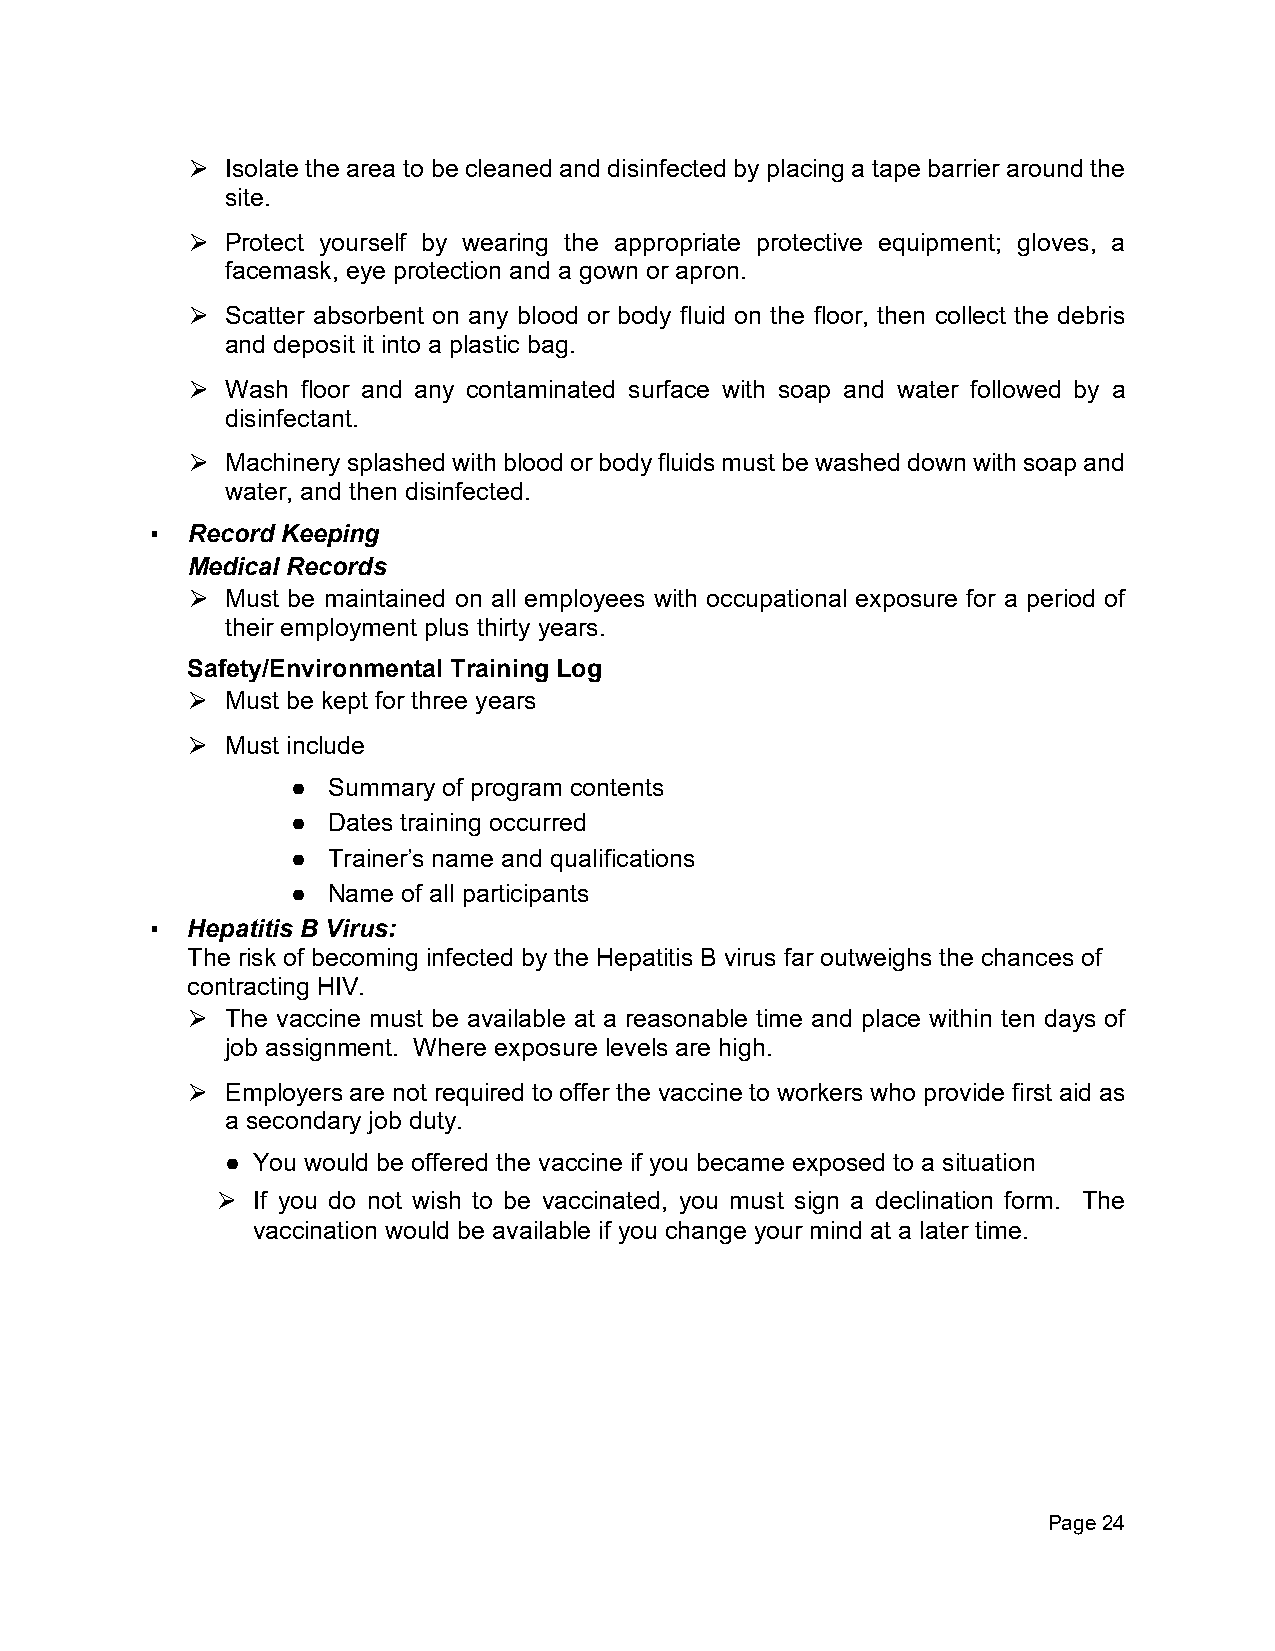
Isolate the area to be cleaned and disinfected by placing a tape barrier around the
 ⮚
 site.
 Protect yourself by wearing the appropriate protective equipment; gloves, a
 ⮚
 facemask, eye protection and a gown or apron.
 Scatter absorbent on any blood or body fluid on the floor, then collect the debris
 ⮚
 and deposit it into a plastic bag.
 Wash floor and any contaminated surface with soap and water followed by a
 ⮚
 disinfectant.
 Machinery splashed with blood or body fluids must be washed down with soap and
 ⮚
 water, and then disinfected.
 ▪ Record Keeping
 Medical Records
 Must be maintained on all employees with occupational exposure for a period of
 ⮚
 their employment plus thirty years.
 Safety/Environmental Training Log
 Must be kept for three years
 ⮚
 Must include
 ⮚
 ●  Summary of program contents
 ●  Dates training occurred
 ●  Trainer’s name and qualifications
 ●  Name of all participants
 ▪ Hepatitis B Virus:
 The risk of becoming infected by the Hepatitis B virus far outweighs the chances of
 contracting HIV.
 The vaccine must be available at a reasonable time and place within ten days of
 ⮚
 job assignment. Where exposure levels are high.
 Employers are not required to offer the vaccine to workers who provide first aid as
 ⮚
 a secondary job duty.
 ● You would be offered the vaccine if you became exposed to a situation
 If you do not wish to be vaccinated, you must sign a declination form. The
 ⮚
 vaccination would be available if you change your mind at a later time.
 Page 24